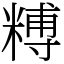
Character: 糐